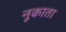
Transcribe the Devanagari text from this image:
नूकाता